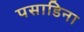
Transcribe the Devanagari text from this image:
पसाडिना